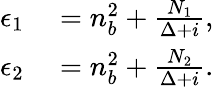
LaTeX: \begin{array}{rl}{\epsilon_{1}}&{{}=n_{b}^{2}+\frac{N_{1}}{\Delta+i},}\\ {\epsilon_{2}}&{{}=n_{b}^{2}+\frac{N_{2}}{\Delta+i}.}\end{array}